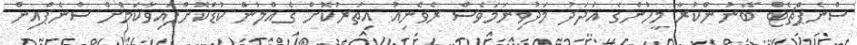
ސްނެޕްޗެޓް ބޭނުންކުރާ މީހުންގެ އަދަދު މަދުވިނަމަވެސް ރެވެނިއު އިތުރުކޮށް ގެއްލުން ކުޑަކޮށްފައިވާކަމަށް ސްނެޕްއިން